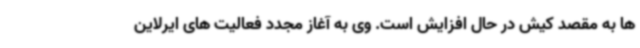
ها به مقصد کیش در حال افزایش است. وی به آغاز مجدد فعالیت های ایرلاین